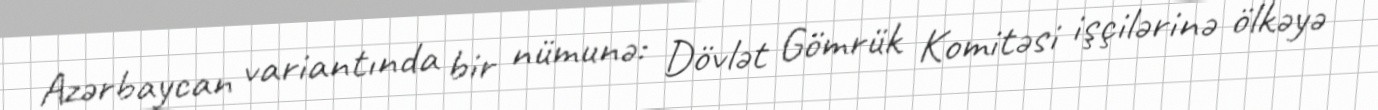
Azərbaycan variantında bir nümunə: Dövlət Gömrük Komitəsi işçilərinə ölkəyə